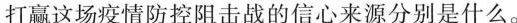
打赢这场疫情防控阻击战的信心来源分别是什么。